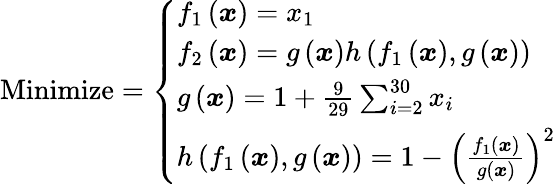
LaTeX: {\mathrm{Minimize}}={\left\{ \begin{array}{ll}{f_{1}\left({\boldsymbol{x}}\right)=x_{1}}\\ {f_{2}\left({\boldsymbol{x}}\right)=g\left({\boldsymbol{x}}\right)h\left(f_{1}\left({\boldsymbol{x}}\right),g\left({\boldsymbol{x}}\right)\right)}\\ {g\left({\boldsymbol{x}}\right)=1+{\frac{9}{29}}\sum_{i=2}^{30}x_{i}}\\ {h\left(f_{1}\left({\boldsymbol{x}}\right),g\left({\boldsymbol{x}}\right)\right)=1-\left({\frac{f_{1}\left({\boldsymbol{x}}\right)}{g\left({\boldsymbol{x}}\right)}}\right)^{2}}\end{array}\right.}